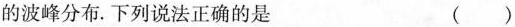
的波峰分布.下列说法正确的是 ( )